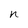
Character: n